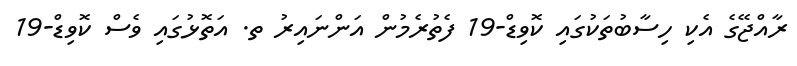
ރާއްޖޭގެ އެކި ހިސާބުތަކުގައި ކޮވިޑް-19 ފެތުރެމުން އަންނައިރު ތ. އަތޮޅުގައި ވެސް ކޮވިޑް-19